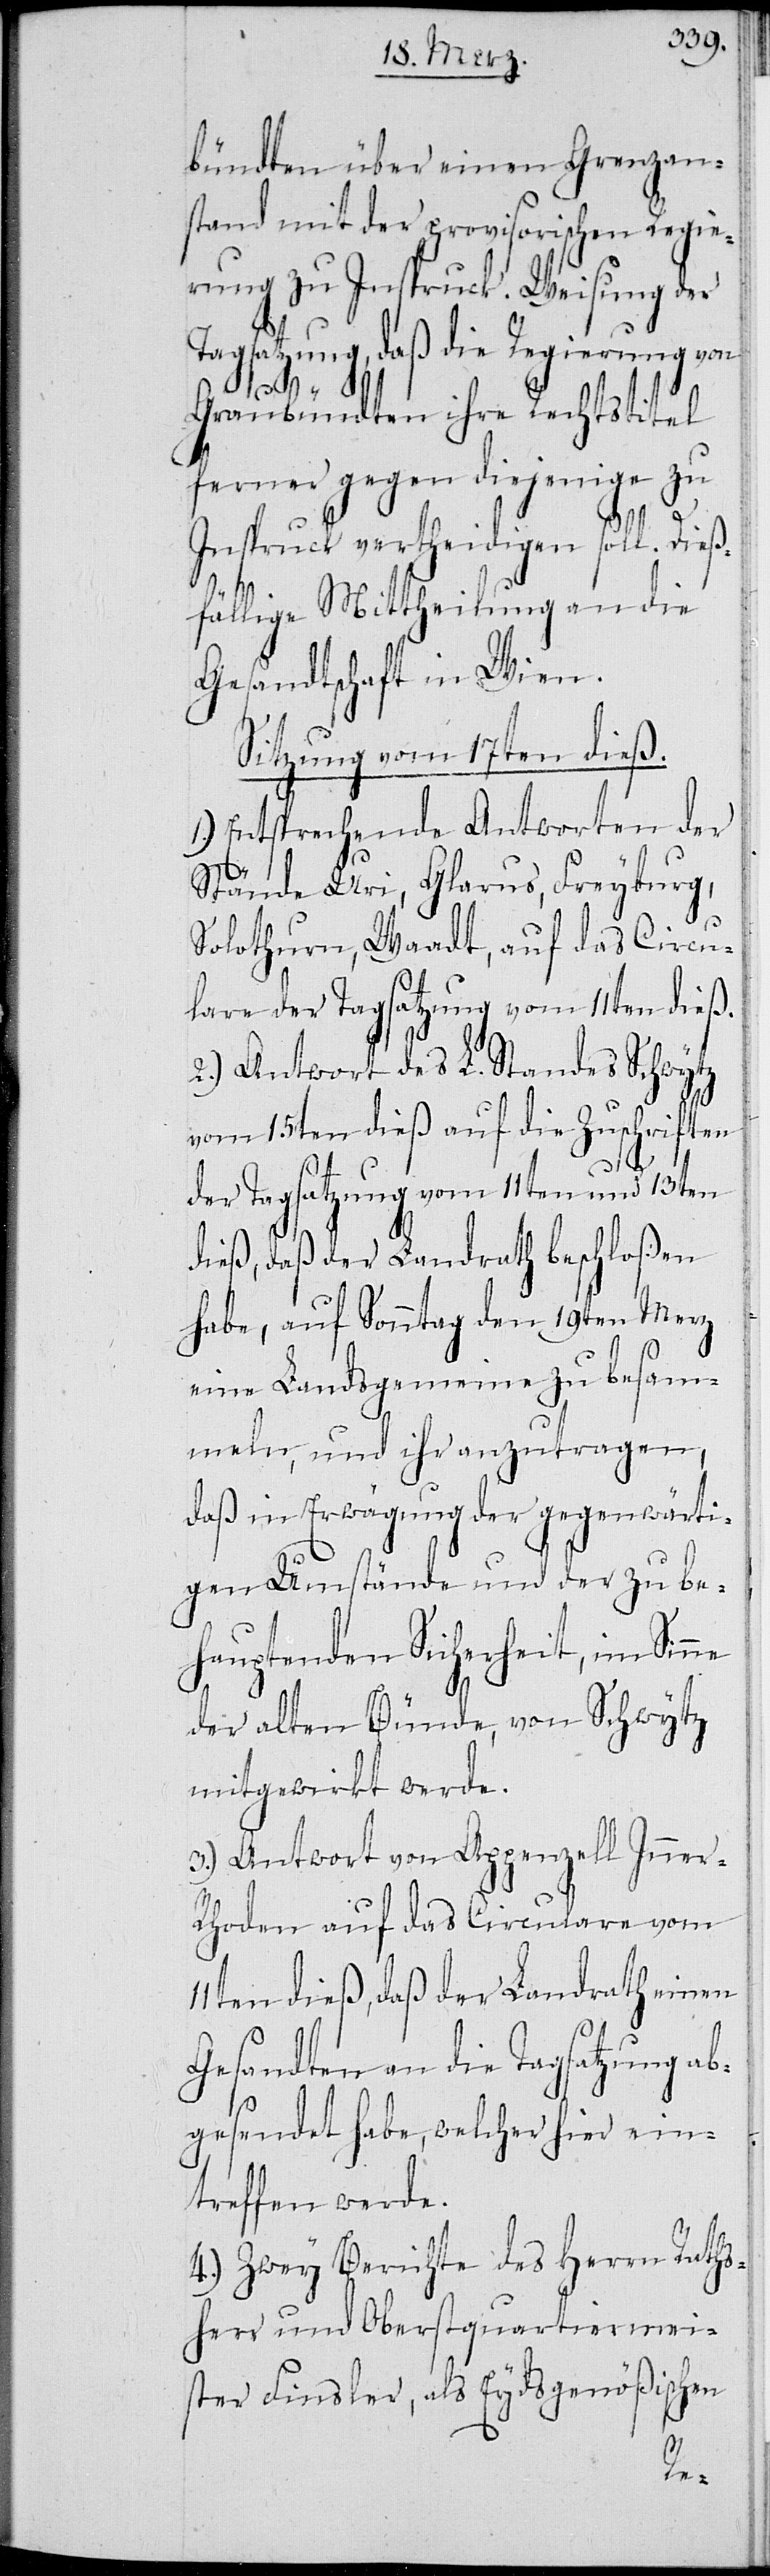
bündten über einen Grenzan¬
stand mit der provisorischen Regie¬
rung zu Inspruck. Weisung der
Tagsatzung, daß die Regierung von
Graubündten ihre Rechtstitel
ferner gegen diejenige zu
Inspruck vertheidigen soll. Dieß¬
fällige Mittheilung an die
Gesandtschaft in Wien.
Sitzung vom 17ten dieß.
1.) Entsprechende Antworten der
Stände Uri, Glarus, Freyburg,
Solothurn, Waadt, auf das Circu¬
lare der Tagsatzung vom 11ten dieß.
2.) Antwort des L. Standes Schwytz
vom 15ten dieß auf die Zuschriften
der Tagsatzung vom 11ten und 13ten
dieß, daß der Landrath beschloßen
habe, auf Sonntag, den 19ten Merz
eine Landsgemeinde zu besam¬
meln, und ihr anzutragen,
daß in Erwägung der gegenwärti¬
gen Umstände und der zu be¬
hauptenden Sicherheit, im Sinne
der alten Bünde, von Schwytz
mitgewirkt werde.
3.) Antwort von Appenzell Inne¬
hoden auf das Circulare vom
11ten dieß, daß der Landrath einen
Gesandten an die Tagsatzung ab¬
gesandt habe, welcher hier ein¬
treffen werde.
4.) Zwey Berichte des Herrn Raths¬
herr und Oberstquartiermei¬
ster Finsler, als Eydsgenößischen
r-R¬